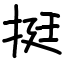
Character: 挺